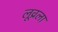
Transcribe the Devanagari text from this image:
लूव्रला